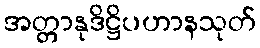
အတ္တာနုဒိဋ္ဌိပဟာနသုတ်